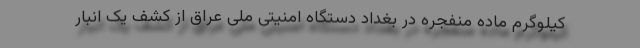
کیلوگرم ماده منفجره در بغداد دستگاه امنیتی ملی عراق از کشف یک انبار